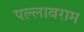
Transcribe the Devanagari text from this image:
पल्लावराम